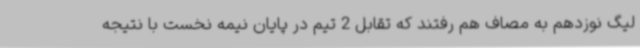
لیگ نوزدهم به مصاف هم رفتند که تقابل 2 تیم در پایان نیمه نخست با نتیجه